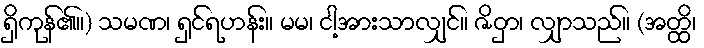
ရှိကုန်၏။) သမဏ၊ ရှင်ရဟန်း။ မမ၊ ငါ့အားသာလျှင်။ ဇိဝှာ၊ လျှာသည်။ (အတ္ထိ၊